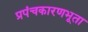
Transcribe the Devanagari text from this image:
प्रपंचकारणभूता